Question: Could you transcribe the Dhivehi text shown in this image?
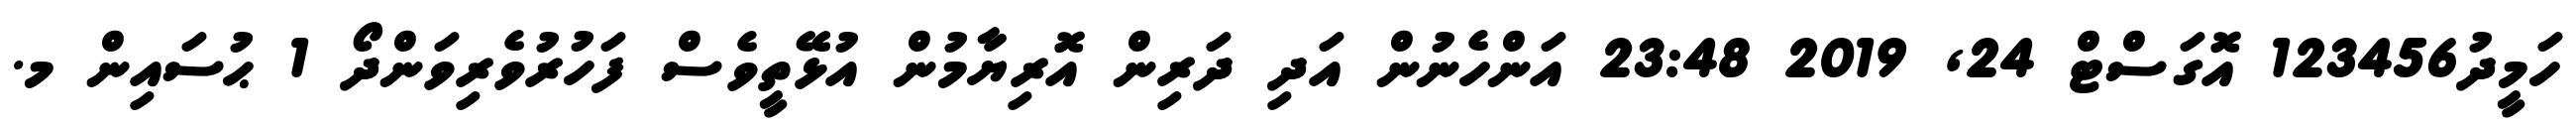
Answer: ހަމީދު123456 އޮގަސްޓް 24, 2019 23:48 އަންހެނުން އަދި ދަރިން އޮރިޔާމުން އުޅޭތީވެސް ފަހުރުވެރިވަންދޯ 1 ޙުސައިން މ.